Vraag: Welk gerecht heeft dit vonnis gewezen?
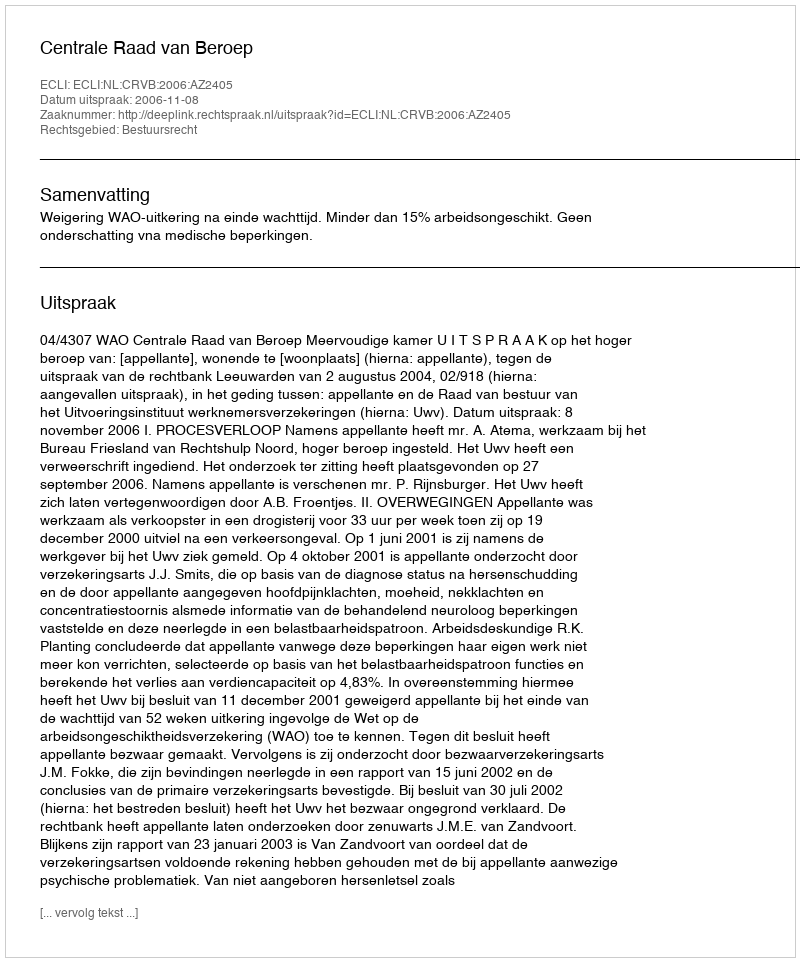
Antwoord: Centrale Raad van Beroep